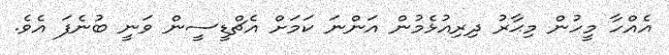
އެއްހާ މީހުން މިޙާރު ދިރިއުޅެމުން އަންނަ ކަމަށް އެޗްޑީސީން ވަނީ ބުނެފަ އެވެ.